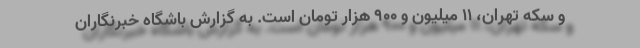
و سکه تهران، ۱۱ میلیون و ۹۰۰ هزار تومان است. به گزارش باشگاه خبرنگاران